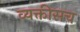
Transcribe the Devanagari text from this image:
व्यक्तीसच